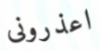
اعذرونى